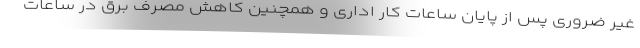
غیر ضروری پس از پایان ساعات کار اداری و همچنین کاهش مصرف برق در ساعات